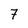
Character: 7